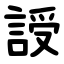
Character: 䛵